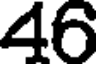
46